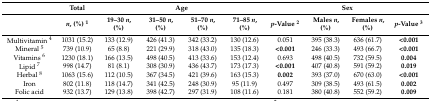
<table><thead><tr><td></td><td><b>Total </b></td><td colspan="4"><b>Age</b></td><td colspan="4"><b>Sex</b></td></tr><tr><td></td><td><b><i>n</i>, (%) <sup>1</sup></b></td><td><b>19–30 <i>n</i>, (%)</b></td><td><b>31–50 <i>n</i>, (%)</b></td><td><b>51–70 <i>n</i>, (%)</b></td><td><b>71–85 <i>n</i>, (%)</b></td><td><b><i>p</i>-Value <sup>2</sup></b></td><td><b>Males <i>n</i>, (%)</b></td><td><b>Females <i>n</i>, (%)</b></td><td><b><i>p</i>-Value <sup>3</sup></b></td></tr></thead><tbody><tr><td>Multivitamin <sup>4</sup></td><td>1031 (15.2)</td><td>133 (12.9)</td><td>426 (41.3)</td><td>342 (33.2)</td><td>130 (12.6)</td><td>0.051</td><td>395 (38.3)</td><td>636 (61.7)</td><td><b>&lt;0.001</b></td></tr><tr><td>Mineral <sup>5</sup></td><td>739 (10.9)</td><td>65 (8.8)</td><td>221 (29.9)</td><td>318 (43.0)</td><td>135 (18.3)</td><td><b>&lt;0.001</b></td><td>246 (33.3)</td><td>493 (66.7)</td><td><b>&lt;0.001</b></td></tr><tr><td>Vitamins <sup>6</sup></td><td>1230 (18.1)</td><td>166 (13.5)</td><td>498 (40.5)</td><td>413 (33.6)</td><td>153 (12.4)</td><td>0.693</td><td>498 (40.5)</td><td>732 (59.5)</td><td><b>0.004</b></td></tr><tr><td>Lipid <sup>7</sup></td><td>998 (14.7)</td><td>81 (8.1)</td><td>308 (30.9)</td><td>436 (43.7)</td><td>173 (17.3)</td><td><b>&lt;0.001</b></td><td>407 (40.8)</td><td>591 (59.2)</td><td><b>0.019</b></td></tr><tr><td>Herbal <sup>8</sup></td><td>1063 (15.6)</td><td>112 (10.5)</td><td>367 (34.5)</td><td>421 (39.6)</td><td>163 (15.3)</td><td><b>0.002</b></td><td>393 (37.0)</td><td>670 (63.0)</td><td><b>&lt;0.001</b></td></tr><tr><td>Iron</td><td>802 (11.8)</td><td>118 (14.7)</td><td>341 (42.5)</td><td>248 (30.9)</td><td>95 (11.9)</td><td>0.497</td><td>309 (38.5)</td><td>493 (61.5)</td><td><b>0.002</b></td></tr><tr><td>Folic acid</td><td>932 (13.7)</td><td>129 (13.8)</td><td>398 (42.7)</td><td>297 (31.9)</td><td>108 (11.6)</td><td>0.181</td><td>380 (40.8)</td><td>552 (59.2)</td><td><b>0.009</b></td></tr></tbody></table>